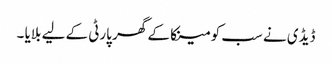
ڈیڈی نے سب کو مینکا کے گھر پارٹی کے لیے بلایا ۔